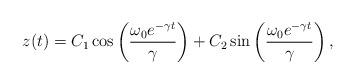
LaTeX: \begin{align*} z(t)= C_1 \cos\left(\frac{\omega_0e^{-\gamma t}}{\gamma}\right)+ C_2\sin\left(\frac{\omega_0 e^{-\gamma t}}{\gamma}\right),\end{align*}